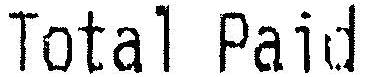
TOTAL PAID